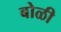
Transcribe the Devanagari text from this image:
बोळी